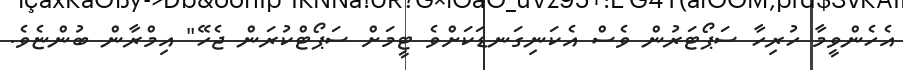
އެހެންވީމާ ހުރިހާ ސަޕޯޓަރުން ވެސް އެކަނިގަނޑަކަށްވެ ޓީމަށް ސަޕޯޓްކުރަން ޖެހޭ" އިމްރާން ބުންޏެވެ.